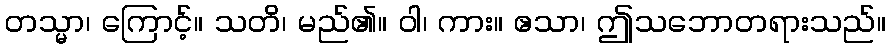
တသ္မာ၊ ကြောင့်။ သတိ၊ မည်၏။ ဝါ၊ ကား။ ဧသာ၊ ဤသဘောတရားသည်။